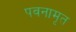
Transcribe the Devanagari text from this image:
पवनामृत